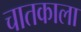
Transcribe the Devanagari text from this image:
चातकाला